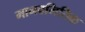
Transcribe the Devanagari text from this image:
मानवमितिक